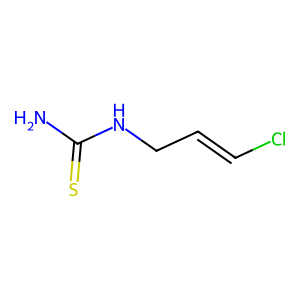
SMILES: NC(=S)NCC=CCl
Inhibits HIV replication: No